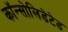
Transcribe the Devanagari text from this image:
कॉन्सोलिडेटेड